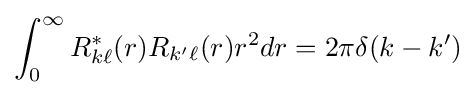
\int _{0}^{\infty }R_{k\ell }^{\ast }(r)R_{k'\ell }(r)r^{2}dr=2\pi \delta (k-k')